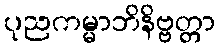
ပုညကမ္မာဘိနိဗ္ဗတ္တာ